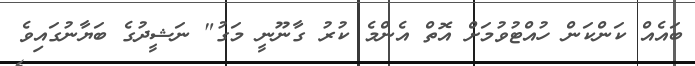
ބައެއް ކަންކަން ހުއްޓުވުމަށް އޮތް އެންމެ ކުރު ގާނޫނީ މަގު" ނަޝީދުގެ ބަޔާނުގައިވެ